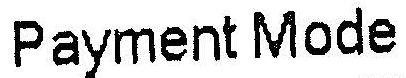
PAYMENT MODE